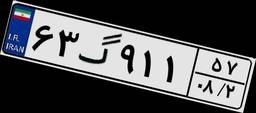
۶۳گ۹۱۱۵۷